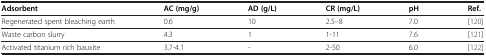
<table><thead><tr><td><b>Adsorbent</b></td><td><b>AC (mg/g)</b></td><td><b>AD (g/L)</b></td><td><b>CR (mg/L)</b></td><td><b>pH</b></td><td><b>Ref.</b></td></tr></thead><tbody><tr><td>Regenerated spent bleaching earth</td><td>0.6</td><td>10</td><td>2.5–8</td><td>7.0</td><td>[120]</td></tr><tr><td>Waste carbon slurry</td><td>4.3</td><td>1</td><td>1-11</td><td>7.6</td><td>[121]</td></tr><tr><td>Activated titanium rich bauxite</td><td>3.7-4.1</td><td>-</td><td>2-50</td><td>6.0</td><td>[122]</td></tr></tbody></table>